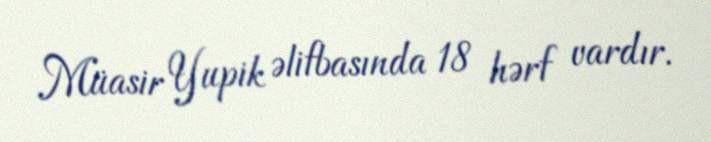
Müasir Yupik əlifbasında 18 hərf vardır.